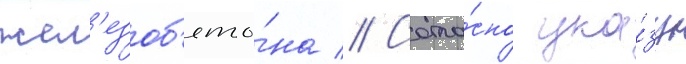
жел'езоб'ето́на // Согла́сно ука́зу